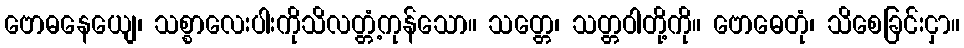
ဗောဓနေယျေ၊ သစ္စာလေးပါးကိုသိလတ္တံ့ကုန်သော။ သတ္တေ၊ သတ္တဝါတို့ကို။ ဗောဓေတုံ၊ သိစေခြင်းငှာ။